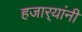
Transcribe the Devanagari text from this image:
हजार्‍यांनी